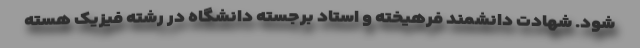
شود. شهادت دانشمند فرهیخته و استاد برجسته دانشگاه در رشته فیزیک هسته